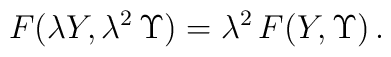
F(\lambda Y, \lambda^2\, \Upsilon) = \lambda^2\, F(Y,\Upsilon)\,.